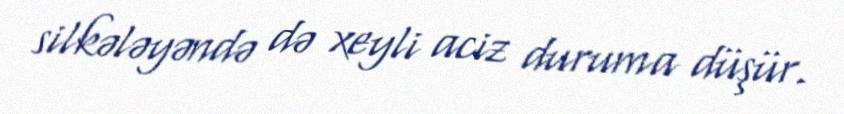
silkələyəndə də xeyli aciz duruma düşür.